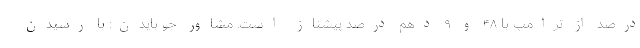
درصد از ترامپ با ۴۸ و ۹ دهم درصد پیشتاز است. مشاور جو بایدن:‌ با رسیدن